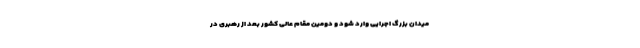
میدان بزرگ اجرایی وارد شود و دومین مقام عالی کشور بعد از رهبری در